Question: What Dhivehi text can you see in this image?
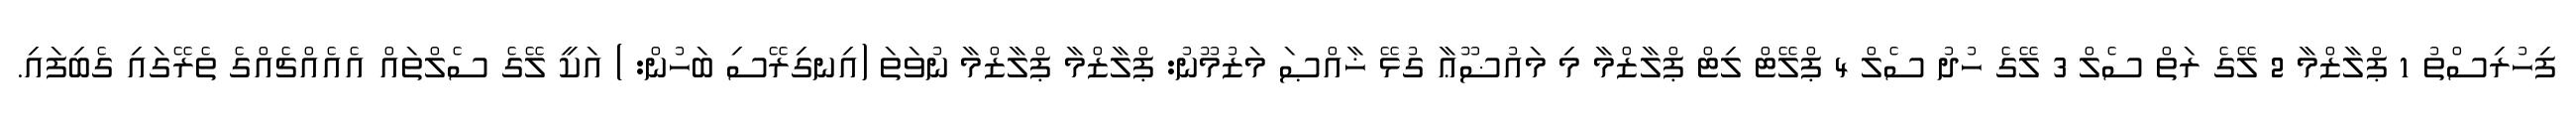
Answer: ފިހުރިސްތު 1 ޕްލާޒްމާ 2 ލޭގެ ރަތް ސެލް 3 ލޭގެ ހުދު ސެލް 4 ޕްލޭޓް ލިޓް ޕްލާޒްމާ މި މައުޟޫޢާ ގުޅޭ ޚާއްޞަ މަޒުމޫނު: ޕްލާޒްމާ ޕްލާޒްމާ ނުވަތަ (އިނގިރޭސި ބަހުން: ) އަކީ ލޭގެ ސެލްތައް އެއެއްޗެއްގެ ތެރޭގައި ގެބިފައި.